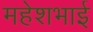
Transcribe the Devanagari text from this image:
महेशभाई